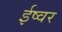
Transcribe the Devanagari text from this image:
ईष्वर